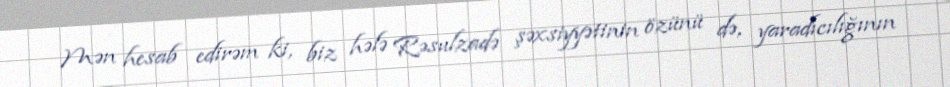
Mən hesab edirəm ki, biz hələ Rəsulzadə şəxsiyyətinin özünü də, yaradıcılığının